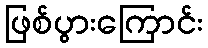
ဖြစ်ပွားကြောင်း